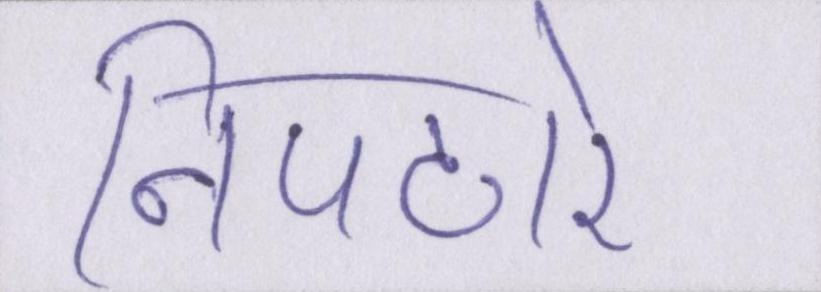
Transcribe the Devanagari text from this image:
निपटारे